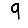
Digit: 9